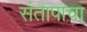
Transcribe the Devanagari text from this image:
संतापाचा